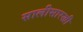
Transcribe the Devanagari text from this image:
सालीसारखी